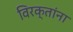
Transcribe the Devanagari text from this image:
विरक्तांना